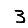
Digit: 3